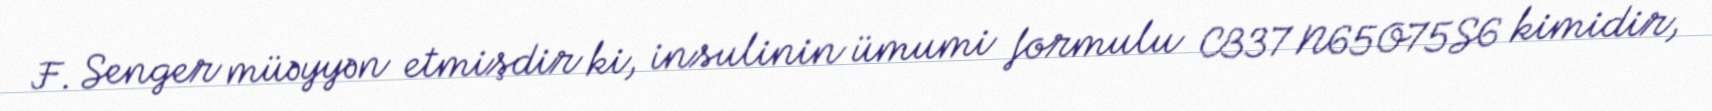
F. Senger müəyyən etmişdir ki, insulinin ümumi formulu C337 N65O75S6 kimidir,